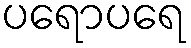
ပရောပရေ